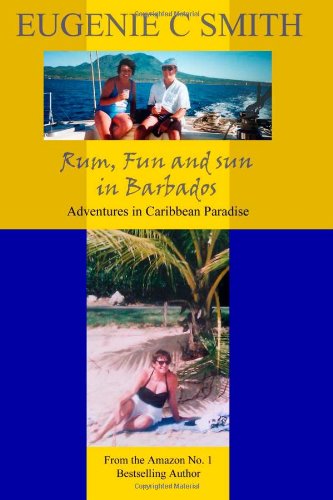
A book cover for Rum, Fun and Sun in Barbados: Adventures in Caribbean Paradise; Mrs Eugenie C Smith; Travel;